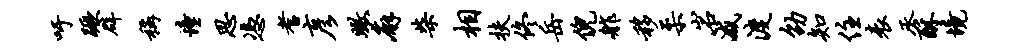
吁蹶辟称憧思凭耆彦瞰廨柴相扶佟岳倪舴移柔岩减渡劭知住表丞酥境